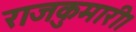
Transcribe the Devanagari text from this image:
राजकुमारी।